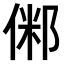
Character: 𠋇